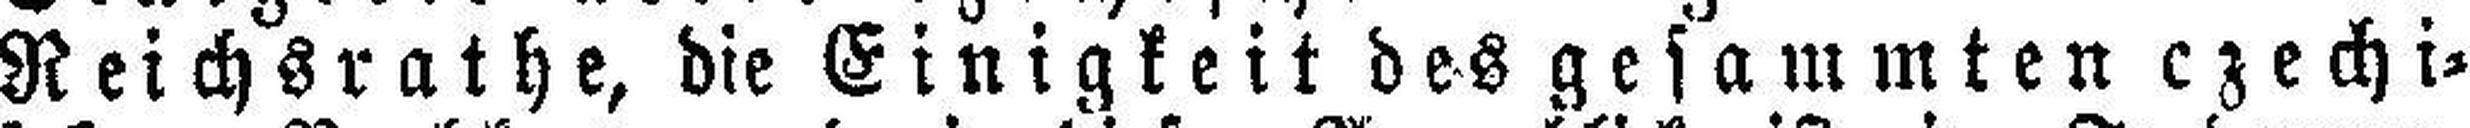
Reichsrathe, die Einigkeit des gesammten czechi¬